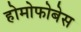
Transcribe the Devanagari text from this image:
होमोफोबेस